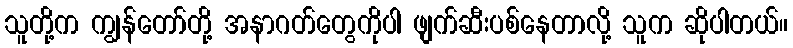
သူတို့က ကျွန်တော်တို့ အနာဂတ်တွေကိုပါ ဖျက်ဆီးပစ်နေတာလို့ သူက ဆိုပါတယ်။